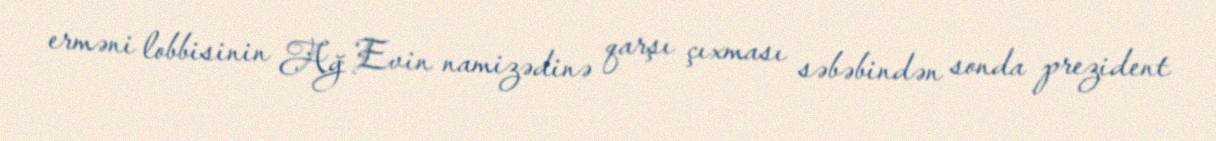
erməni lobbisinin Ağ Evin namizədinə qarşı çıxması səbəbindən sonda prezident